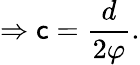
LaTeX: \Rightarrow\mathsf{c}={\frac{{d}}{{2\varphi}}}.